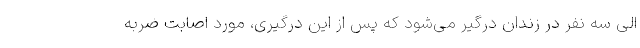
الی سه نفر در زندان درگیر می‌شود که پس از این درگیری، مورد اصابت ضربه